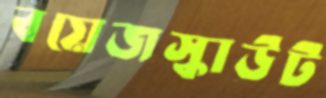
বয়েজস্কাউট